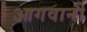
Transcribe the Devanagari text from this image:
आगवानी